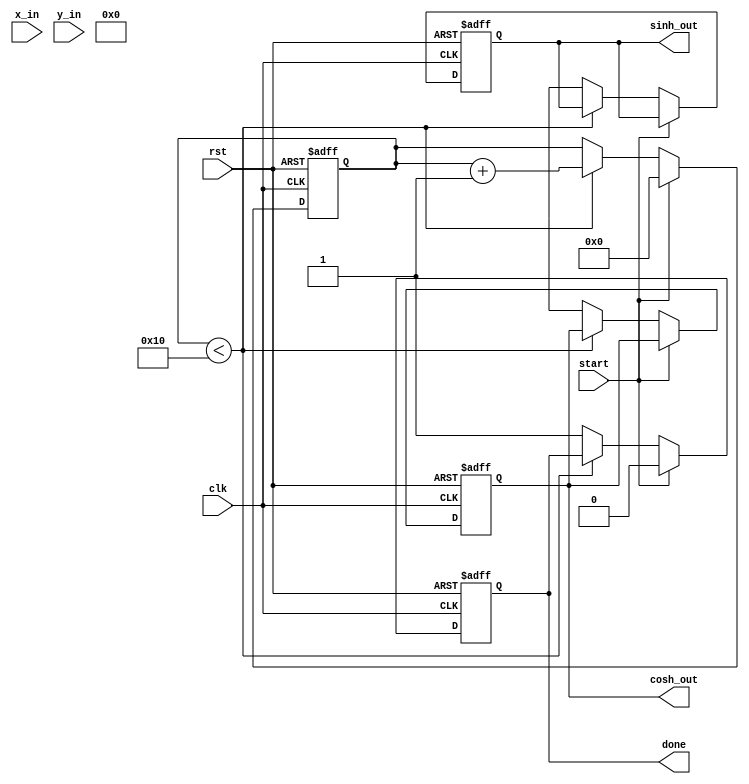
module hyperbolic_cordic(
    input clk,
    input rst,
    input start,
    input [15:0] x_in, // Input for cosh
    input [15:0] y_in, // Input for sinh
    output reg [15:0] cosh_out,
    output reg [15:0] sinh_out,
    output reg done
);

    parameter NUM_ITERATIONS = 16; // Number of iterations
    reg [15:0] x[0:NUM_ITERATIONS-1];
    reg [15:0] y[0:NUM_ITERATIONS-1];
    reg [15:0] z[0:NUM_ITERATIONS-1];
    reg [15:0] angle_lut[0:NUM_ITERATIONS-1]; // Angle lookup table
    reg [3:0] iteration; // Current iteration counter
    reg [15:0] scaling_factor = 16'hBFFF; // Precomputed scaling factor (1/K)

    // Initialize angle lookup table with precomputed values for arctanh
    initial begin
        angle_lut[0] = 16'h0000; // 0
        angle_lut[1] = 16'h0C90; // atan(1/2)
        angle_lut[2] = 16'h12D4; // atan(1/4)
        angle_lut[3] = 16'h16C9; // atan(1/8)
        // ... fill in other angles as needed
    end

    // Control Logic
    always @(posedge clk or posedge rst) begin
        if (rst) begin
            iteration <= 0;
            done <= 0;
            cosh_out <= 0;
            sinh_out <= 0;
        end else if (start) begin
            // Load inputs
            x[0] <= x_in;
            y[0] <= y_in;
            iteration <= 0;
            done <= 0;
        end else if (iteration < NUM_ITERATIONS) begin
            // CORDIC Iteration Logic
            if (y[iteration] < 0) begin
                // Counter-clockwise rotation
                x[iteration + 1] <= x[iteration] - (y[iteration] >> iteration);
                y[iteration + 1] <= y[iteration] + (x[iteration] >> iteration);
                z[iteration + 1] <= z[iteration] - angle_lut[iteration];
            end else begin
                // Clockwise rotation
                x[iteration + 1] <= x[iteration] + (y[iteration] >> iteration);
                y[iteration + 1] <= y[iteration] - (x[iteration] >> iteration);
                z[iteration + 1] <= z[iteration] + angle_lut[iteration];
            end
            iteration <= iteration + 1;
        end else begin
            // Final output calculation
            cosh_out <= (x[NUM_ITERATIONS] * scaling_factor) >> 15; // Scale cosh
            sinh_out <= (y[NUM_ITERATIONS] * scaling_factor) >> 15; // Scale sinh
            done <= 1; // Indicate completion
        end
    end

endmodule